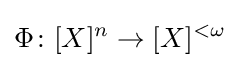
\Phi \colon [X]^{n}\to [X]^{<\omega }